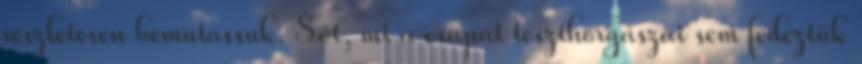
részletesen bemutassuk. Sőt, mi a csapat teszthorgászai sem fedeztük